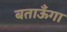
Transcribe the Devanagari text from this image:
बताऊँगा